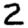
Digit: 2